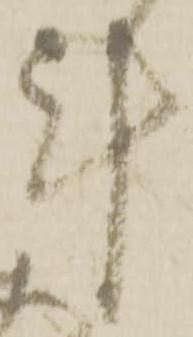
計